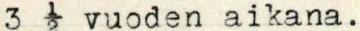
3  ½ vuoden aikana.